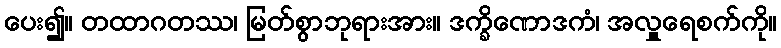
ပေး၍။ တထာဂတဿ၊ မြတ်စွာဘုရားအား။ ဒက္ခိဏောဒကံ၊ အလှူရေစက်ကို။